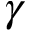
\gamma